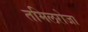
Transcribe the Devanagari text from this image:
तमिलरोजा